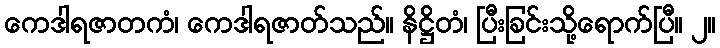
ကေဒါရဇာတကံ၊ ကေဒါရဇာတ်သည်။ နိဋ္ဌိတံ၊ ပြီးခြင်းသို့ရောက်ပြီ။ ၂။